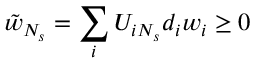
\tilde { w } _ { N _ { s } } = \sum _ { i } U _ { i N _ { s } } d _ { i } w _ { i } \geq 0